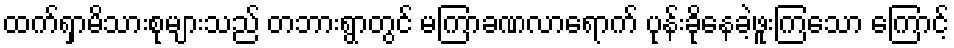
ထက်ရှာမိသားစုများသည် တဘားရွာတွင် မကြာခဏလာရောက် ပုန်းခိုနေခဲ့ဖူးကြသော ကြောင့်